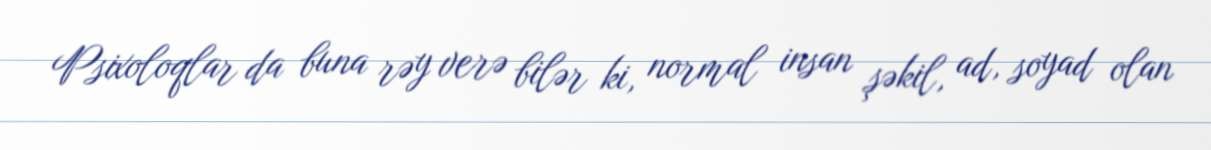
Psixoloqlar da buna rəy verə bilər ki, normal insan şəkil, ad, soyad olan